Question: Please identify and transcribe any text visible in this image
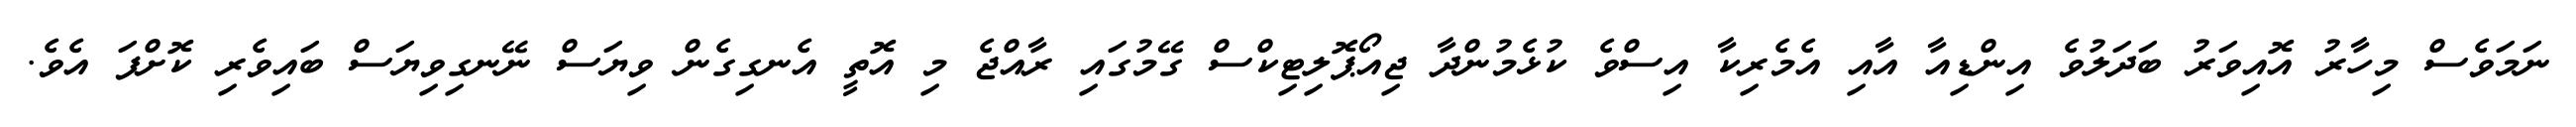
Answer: ނަމަވެސް މިހާރު އޮއިވަރު ބަދަލުވެ އިންޑިއާ އާއި އެމެރިކާ އިސްވެ ކުޅެމުންދާ ޖިއޯޕޮލިޓިކްސް ގޭމުގައި ރާއްޖެ މި އޮތީ އެނގިގެން ވިޔަސް ނޭނގިވިޔަސް ބައިވެރި ކޮށްފަ އެވެ.